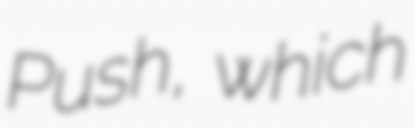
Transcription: Push, which